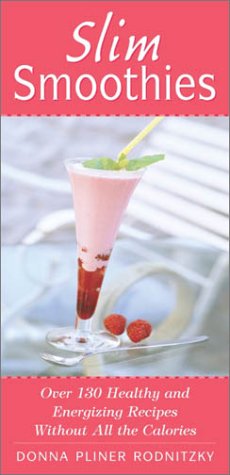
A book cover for Slim Smoothies: Over 130 Healthy and Energizing Recipes Without All the Calories; Donna Pliner Rodnitzky; Cookbooks, Food & Wine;